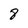
Character: 8